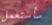
سأستعمل